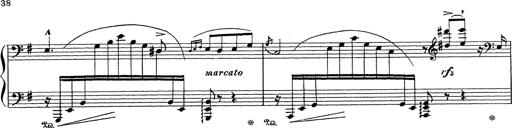
Title: Grosses Konzertsolo
Composer: Franz Liszt